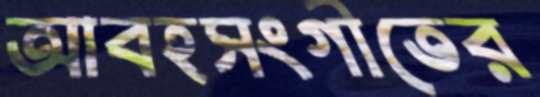
আবহসংগীতের